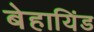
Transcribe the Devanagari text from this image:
बेहायिंड